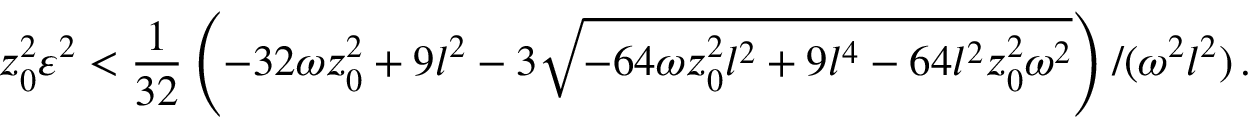
z _ { 0 } ^ { 2 } \varepsilon ^ { 2 } < { \frac { 1 } { 3 2 } } \left( - 3 2 \omega z _ { 0 } ^ { 2 } + 9 l ^ { 2 } - 3 \sqrt { - 6 4 \omega z _ { 0 } ^ { 2 } l ^ { 2 } + 9 l ^ { 4 } - 6 4 l ^ { 2 } z _ { 0 } ^ { 2 } \omega ^ { 2 } } \right) / ( \omega ^ { 2 } l ^ { 2 } ) \, .